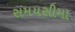
સમયસીમા